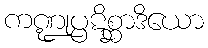
ကဏ္ဍုပ္ပဋိစ္ဆာဒိယော